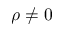
\rho \neq 0